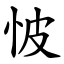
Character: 怶